Civil Veterinary Department. United Provinces 1923-31 - 1923-1931
Year: 1923
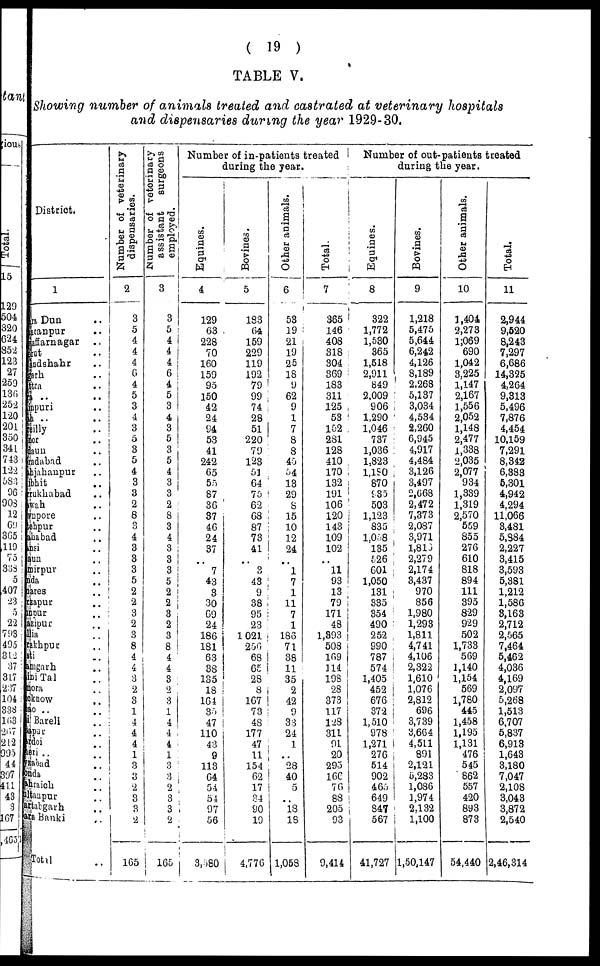
(19)
TABLE V.
Showing number of animals treated and castrated at veterinary hospitals
and dispensaries during the year 1929-30.
District.
1
ara Dun ..
paranpur ..
saffarnagar
..
srut ..
andshahr ..
garh ..
ttra ..
ra .. ..
inpuri ..
sh .. ..
reilly ..
nor
daun ..
radabad ..
shjahanpur ..
ibhit ..
rrukhabad ..
awah ..
wnpore ..
lehpur ..
ahabad ..
msi ..
aun ..
mirpur ..
ada
..
pares ..
rzapur ..
mour ..
azipur ..
lia ..
rakhpur ..
sti ..
amgarh ..
ini Tal ..
nora ..
cknow ..
ao .. ..
i Bareli
..
sapur ..
ardoi ..
aeri ..
..
yzabad ..
onda ..
ahraich
..
altanpur
..
artabgarh
...
ara Banki ..
Total ..
Number of veterinary
dispensaries.
2
3
5
4 4
4
6
4
5
3
4
3
5
3
5
4
3
3
2
8
0
4
3
3
3
5
2
2
3
2
3 8
4
4
3
2
3
1
4
4
4
1
3
3 2
3
3
2
165
Number of veterinary
assistant
surgeons
employed.
3
3
5
4
4
4
6
4
5
3
4
3
5
3
5
4
3
3
2
8
3
4
3
3
3
5
2
2
3
2
3
8
4
4
3
2
3
1
4
4
4
1
3
8
2
3
3
2
165
Number of in-patients treated
during the year.
Equines.
4
129
63
228
70
160
159
95
150
42
24
94
53
41
242
65
55
87
36
37
46
24
37
..
7
43
3
30
G9
24
186
181
63
38
135
18
164
35
47
110
43
9
113
64
54
54
97
56
3,580
Bovines.
5
183
64
159
229
119
192
79
99
74
28
51
220
79
123
51
64
75
62
68
87
73
41
..
3
43
9
38
95
23
1021
256
68
65
28
8
167
73
48
177
47
11
154
62
17
34
90
19
4,776
Other animals.
6
53
19
21
19
25
18
9
62
9
1
7
8
8
45
54
13
29
8
15
10
12
24
..
1
7
1
11
7
1
186
71
38
11
35
2
42
9
33
24
1
..
28
40
5
..
18 18
1,058
Total.
7
365
146
408
318
304
369
183
311
125
53
152
281
128
410
170
132
191
106
120
143
109
102
..
11
93
13
79
171
48
1,393
508
169
114
198
28
373
117
128
311
91
20
293
16C
76
88
205
93
9,414
Number of out-patients treated
during the year.
Equines.
8
322
1,772
1,530
365
1,518
2,911
849
2,009
906
1,290
1,046
737
1,036
1,823
1,180
870
935
503
1,123
835
1,058
135
526
601
1,050
131
335
354
490
252
990
787
574
1,405
452
676
372
1,510
978
1,271
276
514
902
465
649
847
567
41,727
Bovines.
9
1,218
5,475
5,644
6,242
4,126
8,189
2.268
5,137
3,034
4,534
2,260
6,945
4,917
4,484
3,126
3,497
2,668
2,472
7,373
2,087
3,971
1,813
2,279
2,174
3,437
970
856
1,980
1,293
1,811
4,741
4,106
2,322
1,610
1,076
2,812
696
3,739
3,664
4,511
891
2,121
5,283
1,086
1,974
2.132
1,100
1,50,147
Other animals.
10
1,404
2,273
l;069
690
1,042
3,225
1,147
2,167
1,556
2,052
1,148
2,477
1,338
2,035
2,077
934
1,339
1,319
2,570
559
855
276
610
818
894
111
395
829
929
502
1,733
569
1,140
1,154
569
1,780
445
1,458
1,195
1,131
476
545
862
557
420
893
873
54,440
Total.
11
2,944
9,520
8,243
7,297
6,686
14,325
4,264
9,313
5,496
7,876
4,454
10,159
7,291
8,342
6,383
5,301
4,942
4,294
11,066
3,481
5,384
2,227
3,415
3,593
5,381
1,212
1,586
3,163
2,712
2,565
7,464
5,462
4,036
4,169
2,097
5,268
1,513
6,707
5,837
6,913
1,643
3,180
7,047
2,108
3,043
3,872
2,540
2,46,314